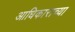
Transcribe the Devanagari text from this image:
आधिकाराच्या